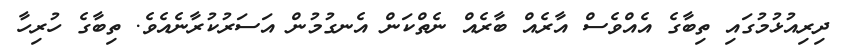
ދިރިއުޅުމުގައި ތިބާގެ އެއްވެސް އާރެއް ބާރެއް ނެތްކަން އެނގުމުން އަސަރުކުރާނެއެވެ. ތިބާގެ ހުރިހާ